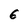
Character: 6